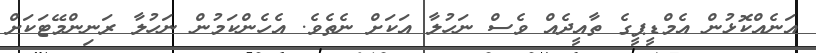
އަނެއްކޮޅުން އެމްޑީޕީގެ ތާއީދެއް ވެސް ނަހުލާ އަކަށް ނެތެވެ. އެހެންކަމުން ނަހުލާ ރަނިންމޭޓަކަށް